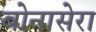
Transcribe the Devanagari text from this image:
बोनासेरा